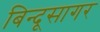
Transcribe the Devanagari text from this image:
बिन्दूसागर